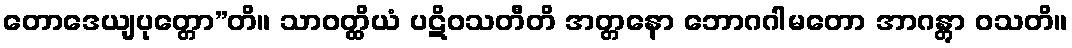
တောဒေယျပုတ္တော”တိ။ သာဝတ္ထိယံ ပဋိဝသတီတိ အတ္တနော ဘောဂဂါမတော အာဂန္တွာ ဝသတိ။